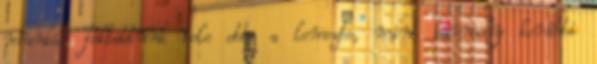
munkát fektettünk bele ebbe a lemezbe, mint bármely korábbi